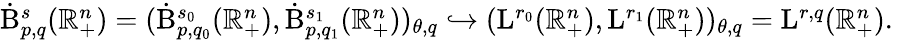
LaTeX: \begin{array}{r}{\dot{\mathrm{B}}_{p,q}^{s}(\mathbb{R}_{+}^{n})=(\dot{\mathrm{B}}_{p,q_{0}}^{s_{0}}(\mathbb{R}_{+}^{n}),\dot{\mathrm{B}}_{p,q_{1}}^{s_{1}}(\mathbb{R}_{+}^{n}))_{\theta,q}\hookrightarrow({\mathrm{L}}^{r_{0}}(\mathbb{R}_{+}^{n}),{\mathrm{L}}^{r_{1}}(\mathbb{R}_{+}^{n}))_{\theta,q}={\mathrm{L}}^{r,q}(\mathbb{R}_{+}^{n})\mathrm{.~}}\end{array}